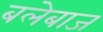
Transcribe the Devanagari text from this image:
बलेबाज